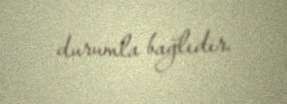
durumla bağlıdır.